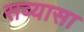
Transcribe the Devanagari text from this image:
सव्यासा